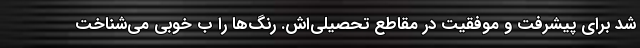
شد برای پیشرفت و موفقیت در مقاطع تحصیلی‌اش. رنگ‌ها را ب خوبی می‌شناخت